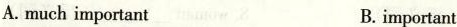
A. much important B. important